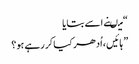
“ میںنے اسے بتایا
” ہائیں ، اُدھر کیا کر رہے ہو؟